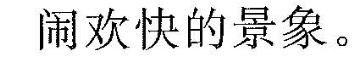
闹欢快的景象。